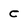
Character: c